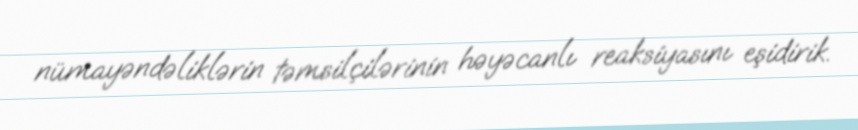
nümayəndəliklərin təmsilçilərinin həyəcanlı reaksiyasını eşidirik.